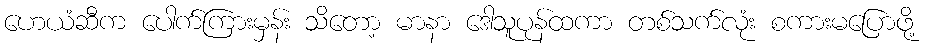
ဟေယံဆီက ပေါက်ကြားမှန်း သိတော့ မာနာ ဒေါသူပုန်ထကာ တစ်သက်လုံး စကားမပြောဖို့